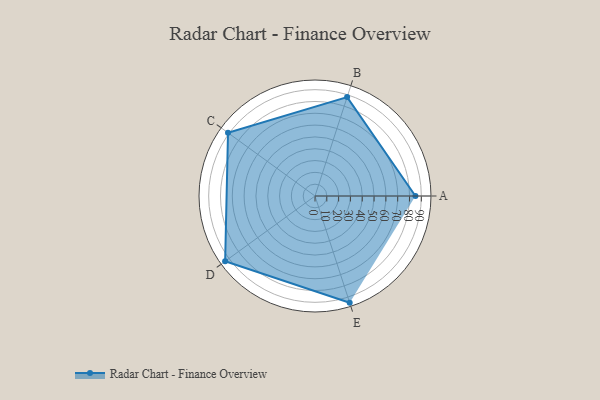
{"axis": {"x": "Skill", "y": "Score"}, "legend": ["Profile"], "data": [{"x": "A", "y": 85.0, "type": "Profile"}, {"x": "B", "y": 88.0, "type": "Profile"}, {"x": "C", "y": 91.0, "type": "Profile"}, {"x": "D", "y": 94.0, "type": "Profile"}, {"x": "E", "y": 95.0, "type": "Profile"}]}